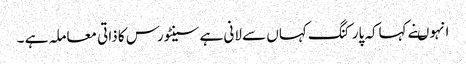
انہوںنے کہاکہ پارکنگ کہاں سے لانی ہے سینٹورس کا ذاتی معاملہ ہے ۔